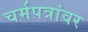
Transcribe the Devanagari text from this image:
चर्मपत्रांवर